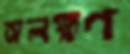
অলক্ষণ